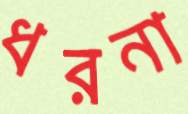
ধরনা